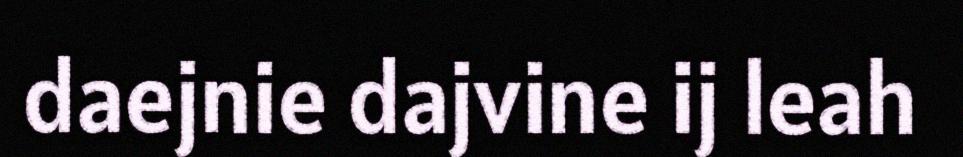
daejnie dajvine ij leah